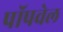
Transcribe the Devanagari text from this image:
पॉपवेल